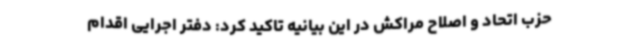
حزب اتحاد و اصلاح مراکش در این بیانیه تاکید کرد: دفتر اجرایی اقدام